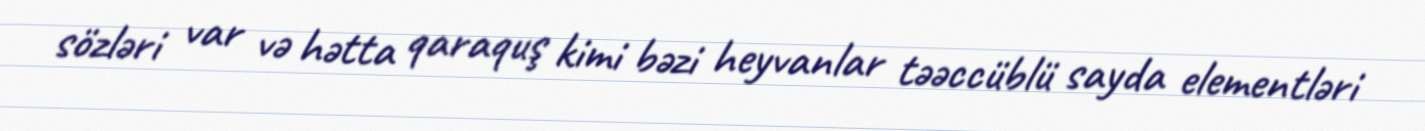
sözləri var və hətta qaraquş kimi bəzi heyvanlar təəccüblü sayda elementləri